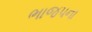
ભાજપના